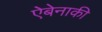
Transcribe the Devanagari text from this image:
ऐबेनाकी